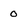
Character: o